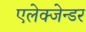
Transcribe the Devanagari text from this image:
एलेक्जेन्डर